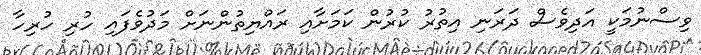
ވިސްނުމަކީ އަދިވެސް ދަރަނި އިތުރު ކުރުން ކަމަށާއި ރައްޔިތުންނަށް މަދުވެފައި ހުރި ހުރިހާ